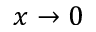
x \rightarrow 0